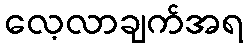
လေ့လာချက်အရ